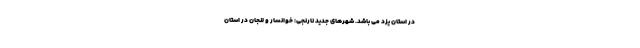
در استان یزد می­ باشد. شهر‌های جدید نارنجی: خوانسار و لنجان در استان